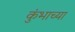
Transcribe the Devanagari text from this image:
कुंभाच्या